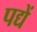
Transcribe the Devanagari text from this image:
पद्यें